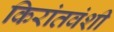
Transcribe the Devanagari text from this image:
किरांतवंशी